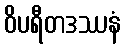
ဝိပရီတဒဿနံ